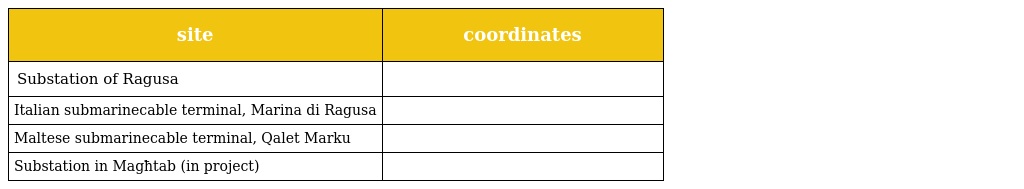
| site | coordinates |
 | --- | --- |
 | Substation of Ragusa |  |
 | Italian submarinecable terminal, Marina di Ragusa |  |
 | Maltese submarinecable terminal, Qalet Marku |  |
 | Substation in Magħtab (in project) |  |